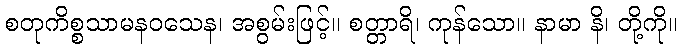
စတုကိစ္စသာမနဝသေန၊ အစွမ်းဖြင့်။ စတ္တာရိ၊ ကုန်သော။ နာမာ နိ၊ တို့ကို။